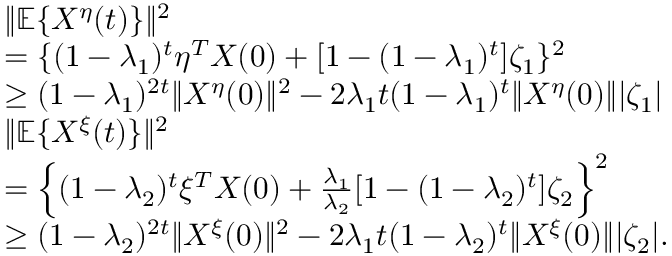
\begin{array} { r l } & { \| \mathbb { E } \{ X ^ { \eta } ( t ) \} \| ^ { 2 } } \\ & { = \{ ( 1 - \lambda _ { 1 } ) ^ { t } \eta ^ { T } X ( 0 ) + [ 1 - ( 1 - \lambda _ { 1 } ) ^ { t } ] \zeta _ { 1 } \} ^ { 2 } } \\ & { \ge ( 1 - \lambda _ { 1 } ) ^ { 2 t } \| X ^ { \eta } ( 0 ) \| ^ { 2 } - 2 \lambda _ { 1 } t ( 1 - \lambda _ { 1 } ) ^ { t } \| X ^ { \eta } ( 0 ) \| | \zeta _ { 1 } | } \\ & { \| \mathbb { E } \{ X ^ { \xi } ( t ) \} \| ^ { 2 } } \\ & { = \Big \{ ( 1 - \lambda _ { 2 } ) ^ { t } \xi ^ { T } X ( 0 ) + \frac { \lambda _ { 1 } } { \lambda _ { 2 } } [ 1 - ( 1 - \lambda _ { 2 } ) ^ { t } ] \zeta _ { 2 } \Big \} ^ { 2 } } \\ & { \ge ( 1 - \lambda _ { 2 } ) ^ { 2 t } \| X ^ { \xi } ( 0 ) \| ^ { 2 } - 2 \lambda _ { 1 } t ( 1 - \lambda _ { 2 } ) ^ { t } \| X ^ { \xi } ( 0 ) \| | \zeta _ { 2 } | . } \end{array}